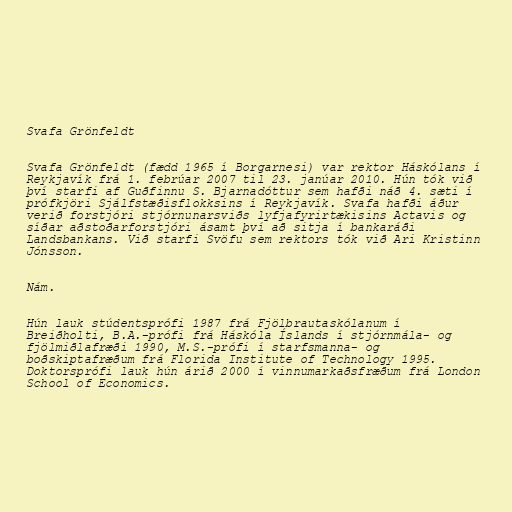
Svafa Grönfeldt

Svafa Grönfeldt (fædd 1965 í Borgarnesi) var rektor Háskólans í
Reykjavík frá 1. febrúar 2007 til 23. janúar 2010. Hún tók við
því starfi af Guðfinnu S. Bjarnadóttur sem hafði náð 4. sæti í
prófkjöri Sjálfstæðisflokksins í Reykjavík. Svafa hafði áður
verið forstjóri stjórnunarsviðs lyfjafyrirtækisins Actavis og
síðar aðstoðarforstjóri ásamt því að sitja í bankaráði
Landsbankans. Við starfi Svöfu sem rektors tók við Ari Kristinn
Jónsson.

Nám.

Hún lauk stúdentsprófi 1987 frá Fjölbrautaskólanum í
Breiðholti, B.A.-prófi frá Háskóla Íslands í stjórnmála- og
fjölmiðlafræði 1990, M.S.-prófi í starfsmanna- og
boðskiptafræðum frá Florida Institute of Technology 1995.
Doktorsprófi lauk hún árið 2000 í vinnumarkaðsfræðum frá London
School of Economics.